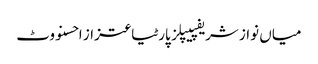
میاں نواز شریفپیپلز پارٹیاعتزاز احسنووٹ